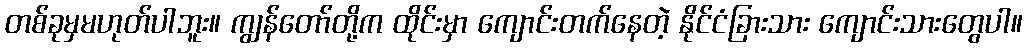
တစ်ခုမှမဟုတ်ပါဘူး။ ကျွန်တော်တို့က ထိုင်းမှာ ကျောင်းတက်နေတဲ့ နိုင်ငံခြားသား ကျောင်းသားတွေပါ။